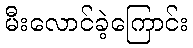
မီးလောင်ခဲ့ကြောင်း